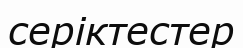
серіктестер